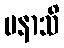
ပနာသိ